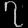
Digit: ၇